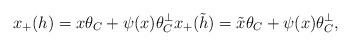
LaTeX: \begin{align*} x_{+}(h) = x \theta_{C} +\psi(x) \theta_{C}^{\perp} x_{+}(\tilde{h}) = \tilde{x} \theta_{C} + \psi(x) \theta_{C}^{\perp},\end{align*}